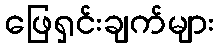
ဖြေရှင်းချက်များ